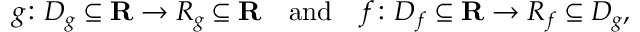
\quad g \colon D _ { g } \subseteq \mathbf { R } \rightarrow R _ { g } \subseteq \mathbf { R } \quad { \mathrm { a n d } } \quad f \colon D _ { f } \subseteq \mathbf { R } \rightarrow R _ { f } \subseteq D _ { g } ,